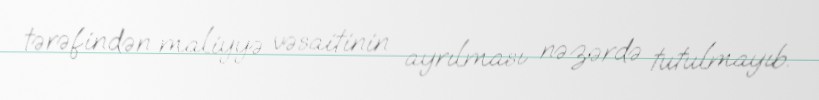
tərəfindən maliyyə vəsaitinin ayrılması nəzərdə tutulmayıb.